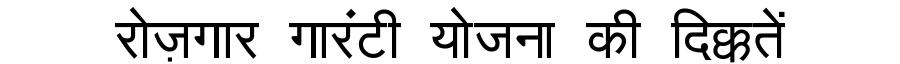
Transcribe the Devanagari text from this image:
रोज़गार गारंटी योजना की दिक्कतें